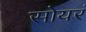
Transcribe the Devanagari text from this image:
सोयरं